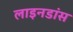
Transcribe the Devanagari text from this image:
लाइनडांस